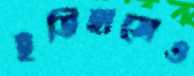
ইতিহাসেও